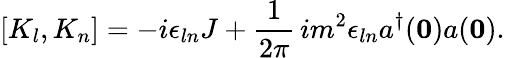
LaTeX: [K_{l},K_{n}]=-i\epsilon_{ln}J+\frac{1}{2\pi}\, im^{2}\epsilon_{ln}a^{\dagger}({\mathbf 0})a({\mathbf 0}).